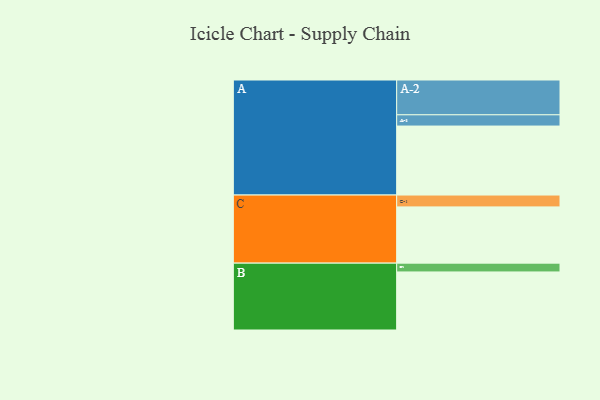
{"axis": {"x": "Segment", "y": "Value"}, "legend": ["", "A", "B", "C"], "data": [{"x": "A", "y": 454, "type": ""}, {"x": "B", "y": 382, "type": ""}, {"x": "C", "y": 370, "type": ""}, {"x": "A-1", "y": 74, "type": "A"}, {"x": "A-2", "y": 229, "type": "A"}, {"x": "B-1", "y": 58, "type": "B"}, {"x": "C-1", "y": 78, "type": "C"}]}